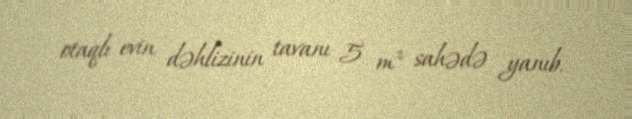
otaqlı evin dəhlizinin tavanı 5 m² sahədə yanıb.